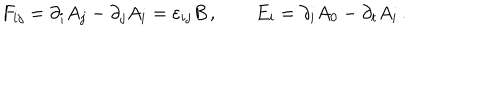
LaTeX: F _ { i j } = \partial _ { i } A _ { j } - \partial _ { j } A _ { i } = \varepsilon _ { i j } B \, , \qquad E _ { i } = \partial _ { i } A _ { 0 } - \partial _ { t } A _ { i } \, .